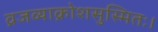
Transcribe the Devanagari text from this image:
व्रजव्याक्रोशसुस्मितः।